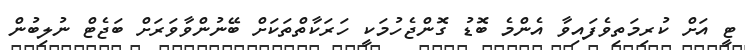
ޓީ އަށް ކުރިމަތިވެފައިވާ އެންމެ ބޮޑު ގޮންޖެހުމަކީ ހަރަކާތްތަކަށް ބޭނުންވާވަރަށް ބަޖެޓް ނުލިބުން